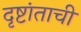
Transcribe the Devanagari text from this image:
दृष्टांताची